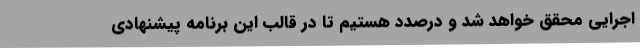
اجرایی محقق خواهد شد و درصدد هستیم تا در قالب این برنامه پیشنهادی